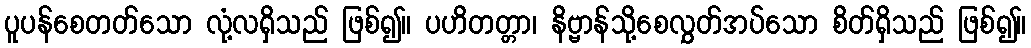
ပူပန်စေတတ်သော လုံ့လရှိသည် ဖြစ်၍။ ပဟိတတ္တာ၊ နိဗ္ဗာန်သို့စေလွှတ်အပ်သော စိတ်ရှိသည် ဖြစ်၍။